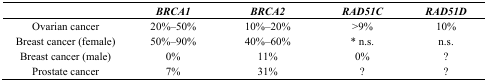
<table><thead><tr><td></td><td><b><i>BRCA1</i></b></td><td><b><i>BRCA2</i></b></td><td><b><i>RAD51C</i></b></td><td><b><i>RAD51D</i></b></td></tr></thead><tbody><tr><td>Ovarian cancer</td><td>20%–50%</td><td>10%–20%</td><td>&gt;9%</td><td>10%</td></tr><tr><td>Breast cancer (female)</td><td>50%–90%</td><td>40%–60%</td><td>* n.s.</td><td>n.s.</td></tr><tr><td>Breast cancer (male)</td><td>0%</td><td>11%</td><td>0%</td><td>?</td></tr><tr><td>Prostate cancer</td><td>7%</td><td>31%</td><td>?</td><td>?</td></tr></tbody></table>